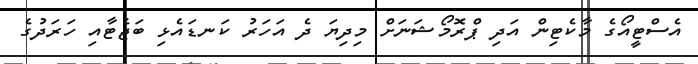
އެސްޓީއޯގެ މާކެޓިން އަދި ޕްރޮމޯޝަނަށް މިދިޔަ ދެ އަހަރު ކަނޑައެޅި ބަޖެޓާއި ހަރަދުގެ